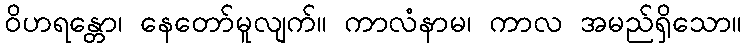
ဝိဟရန္တော၊ နေတော်မူလျက်။ ကာလံနာမ၊ ကာလ အမည်ရှိသော။